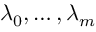
\lambda _ { 0 } , \ldots , \lambda _ { m }